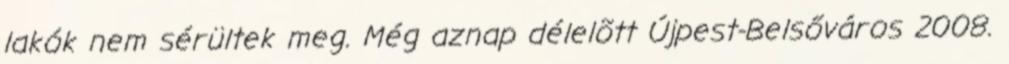
lakók nem sérültek meg. Még aznap délelõtt Újpest-Belsőváros 2008.